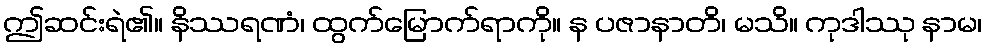
ဤဆင်းရဲ၏။ နိဿရဏံ၊ ထွက်မြောက်ရာကို။ န ပဇာနာတိ၊ မသိ။ ကုဒါဿု နာမ၊